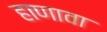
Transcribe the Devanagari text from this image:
हाणावा